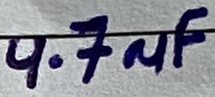
Text: 4.7µF